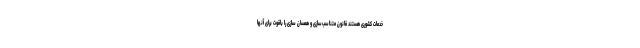
خدمات کشوری هستند قانون متناسب‌سازی و همسان سازی را باقوت برای آنها